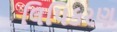
લિપિકરણ